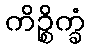
ကိဉ္စိက္ခံ